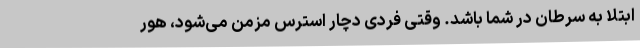
ابتلا به سرطان در شما باشد. وقتی فردی دچار استرس مزمن می‌شود، هور